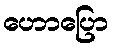
ဟောပြော